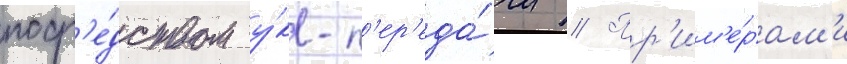
поср'е́дством у́кв-п'ер'еда́чи // Пр'им'е́рам'и